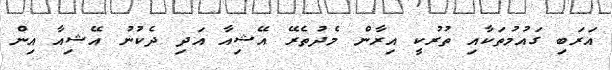
އަރަބި ގައުމުތަކާއި ތުރުކީ އިރާން މެދުތެރޭ އޭޝިއާ އަދި ދެކުނު އޭޝިއާ އިން